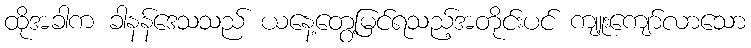
ထိုအခါက ခါနန်ဒေသသည် ယနေ့တွေ့မြင်ရသည့်အတိုင်းပင် ကျူးကျော်လာသော